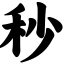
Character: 秒